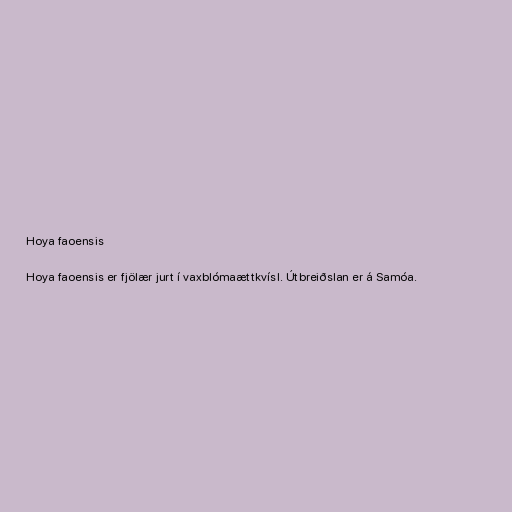
Hoya faoensis

Hoya faoensis er fjölær jurt í vaxblómaættkvísl. Útbreiðslan er á Samóa.